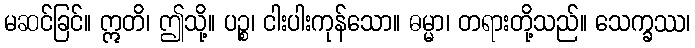
မဆင်ခြင်။ ဣတိ၊ ဤသို့။ ပဉ္စ၊ ငါးပါးကုန်သော။ ဓမ္မာ၊ တရားတို့သည်။ သေက္ခဿ၊